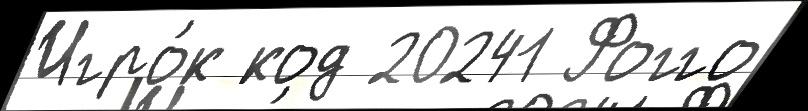
Игро́к код 20241 Фогго